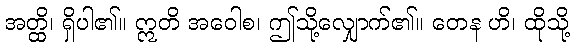
အတ္ထိ၊ ရှိပါ၏။ ဣတိ အဝေါစ၊ ဤသို့လျှောက်၏။ တေန ဟိ၊ ထိုသို့